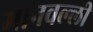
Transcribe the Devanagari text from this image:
मानवल्ली